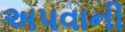
અપવાની